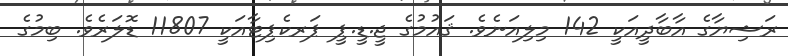
ރަޝިޔާގެ އާބާދީއަކީ 142 މިލިއަނެވެ. ޤައުމުގެ ޖީ.ޑީ.ޕީ ޕަރކެޕިޓާއަކީ 11807 ޑޮލަރެވެ. ބިމުގެ